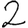
Digit: 2